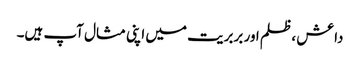
داعش ، ظلم اور بربریت میں اپنی مثال آپ ہیں۔